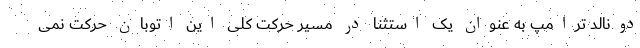
دونالد ترامپ به عنوان یک استثنا در مسیر حرکت کلی این اتوبان حرکت نمی